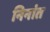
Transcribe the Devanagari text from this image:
निनांत